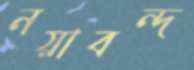
নয়াবন্দ